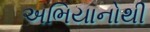
અભિયાનોથી